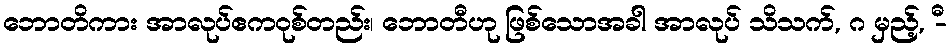
ဘောတိကား အာလုပ်ဧကဝုစ်တည်း၊ ဘောတီဟု ဖြစ်သောအခါ အာလုပ် သိသက်, ဂ မှည့်, -ီ